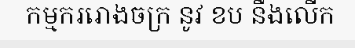
កម្មកររោងចក្រ នូវ ខប នឹងលើក